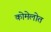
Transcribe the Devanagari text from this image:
कोमेलोत